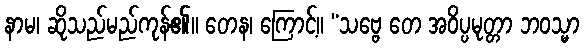
နာမ၊ ဆိုသည်မည်ကုန်၏။ တေန၊ ကြောင့်။ “သဗ္ဗေ တေ အဝိပ္ပမုတ္တာ ဘဝသ္မာ